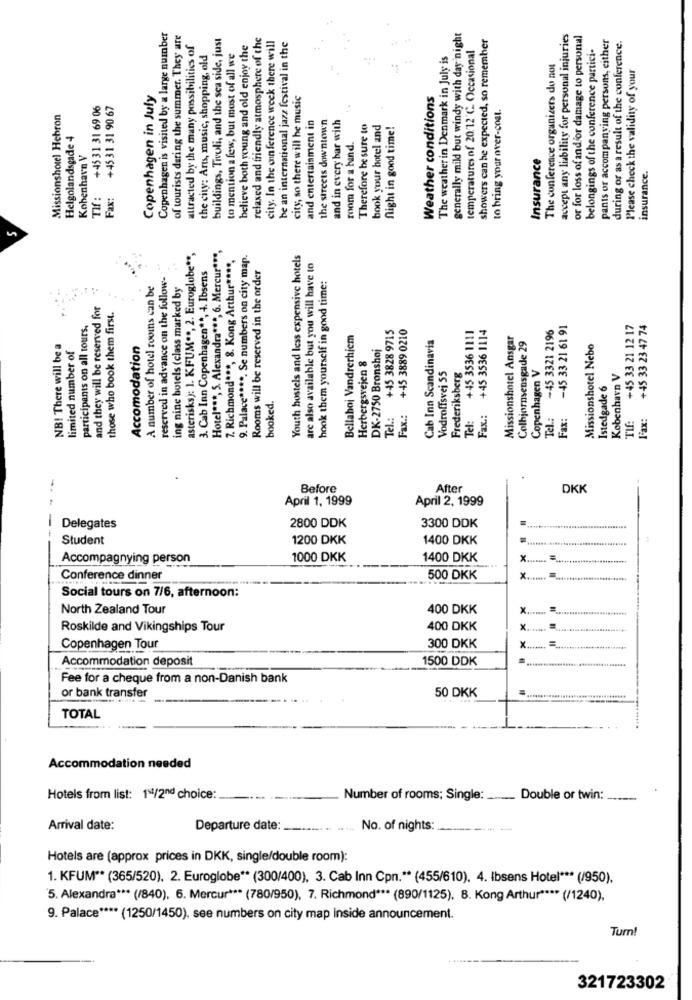
Copenhagen is visited by a large number
of tourists daring the summer. They are
buildings, Tivoli, and the sea side, just
relaxed and friendly atmosphere of the
city. In the conference week there will
generally mild but windy with day night
showers can be expected, so remember
accept any liability for personal injuries
or for loss of and for damage to personal
pants or accompanying persons, either
attracted by the many possibilities of
believe both young and old enjoy the
be an international jazz festival in the
temperatures nf 20.12 ℃. Occasional
belongings of the conference partici-
during or as a result of the conference.
the city: Arts, music, shopping, old
to mention a few, but most of all we
The weather in Denmark in July is
The conference organizers do not
Please check the validity of your
Copenhagen in July
city, so there will he music
Weather conditions
+45 31 31 69 06
+45 31 31 90 67
to bring your over-coel.
Missionshotel Hehron
and entertainment in
the streets downtown
and in every bar with
Therefore be sure to
book your hotel and
flight in good time!
Helgolandsgade 4
room for a band
Kobenhavn V
Insurance
insurance.
TIf :
Fax:
M
asterisks): 1. KFUM **, 2. Euroglobe **,
Hotel ***, 5. Alexandra ***, 6. Mercur ***,
7. Richmond ***, 8. Kong Arthur ****,
9. Palace ****. Se numbers on city map.
Youth hostels and less expensive hotels
3. Cab Inn Copenhagen **, 4. Ibsens
Rooms will be reserved in the order
are also available but you will have to
reserved in advance on the follow-
A number of hotel rooms can be
ing nine hotels (class marked by
hook them yourself in good time:
and they will be reserved for
those who book them first.
participants on all tours.
+45 3828 9715
+45 3889 0210
+45 3536 1114
-45 3321 2196
-45 33 21 61 91
+45 33 21 12 17
+45 33 23 47 74
Bellahoj Vandrerhjem
Cab Inn Scandinavia
+45 3536 1111
Missionshotel Ansgar
NB! There will be a
Accomodation
DK-2750 Bronshoj
Colbjørnsensgade 29
Missionshotel Nebo
limited number of
Herbergsvejen &
Copenhagen V
Vodroffsvej 55
Frederiksberg
Kobenhavn V
Istedgade 6
booked.
Tel .:
Fax .:
Fax .:
Tel .:
Fax:
Fax:
Tel:
TIf:
Before
After
DKK
April 1, 1999
April 2, 1999
2800 DDK
Delegates
3300 DDK
Student
1200 DKK
1400 DKK
Accompagnying person
1000 DKK
1400 DKK
Conference dinner
500 DKK
x.
Social tours on 7/6, afternoon:
North Zealand Tour
400 DKK
X
Roskilde and Vikingships Tour
400 DKK
Y
Copenhagen Tour
300 DKK
Accommodation deposit
1500 DDK
Fee for a cheque from a non-Danish bank
50 DKK
or bank transfer
TOTAL
Accommodation needed
Hotels from list: 111/2nd choice:
Number of rooms; Single: ....___
Double or twin:
Arrival date:
Departure date:
No. of nights:
Hotels are (approx prices in DKK, single/double room):
1. KFUM ** (365/520). 2. Euroglobe ** (300/400), 3. Cab Inn Cpn .** (455/610). 4. Ibsens Hotel *** (/950).
5. Alexandra *** (/840). 6. Mercur *** (780/950), 7. Richmond *** (890/1125), B. Kong Arthur **** (/1240),
9. Palace **** (1250/1450), see numbers on city map inside announcement.
Turn!
321723302